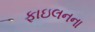
ફાઇલનના